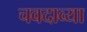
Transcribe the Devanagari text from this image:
चवदाव्या